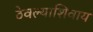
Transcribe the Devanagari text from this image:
ठेवल्याशिवाय